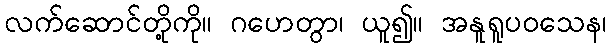
လက်ဆောင်တို့ကို။ ဂဟေတွာ၊ ယူ၍။ အနူရူပဝသေန၊